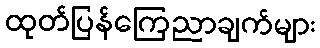
ထုတ်ပြန်ကြေညာချက်များ